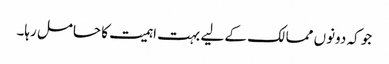
جو کہ دونوں ممالک کے لیے بہت اہمیت کا حامل رہا۔